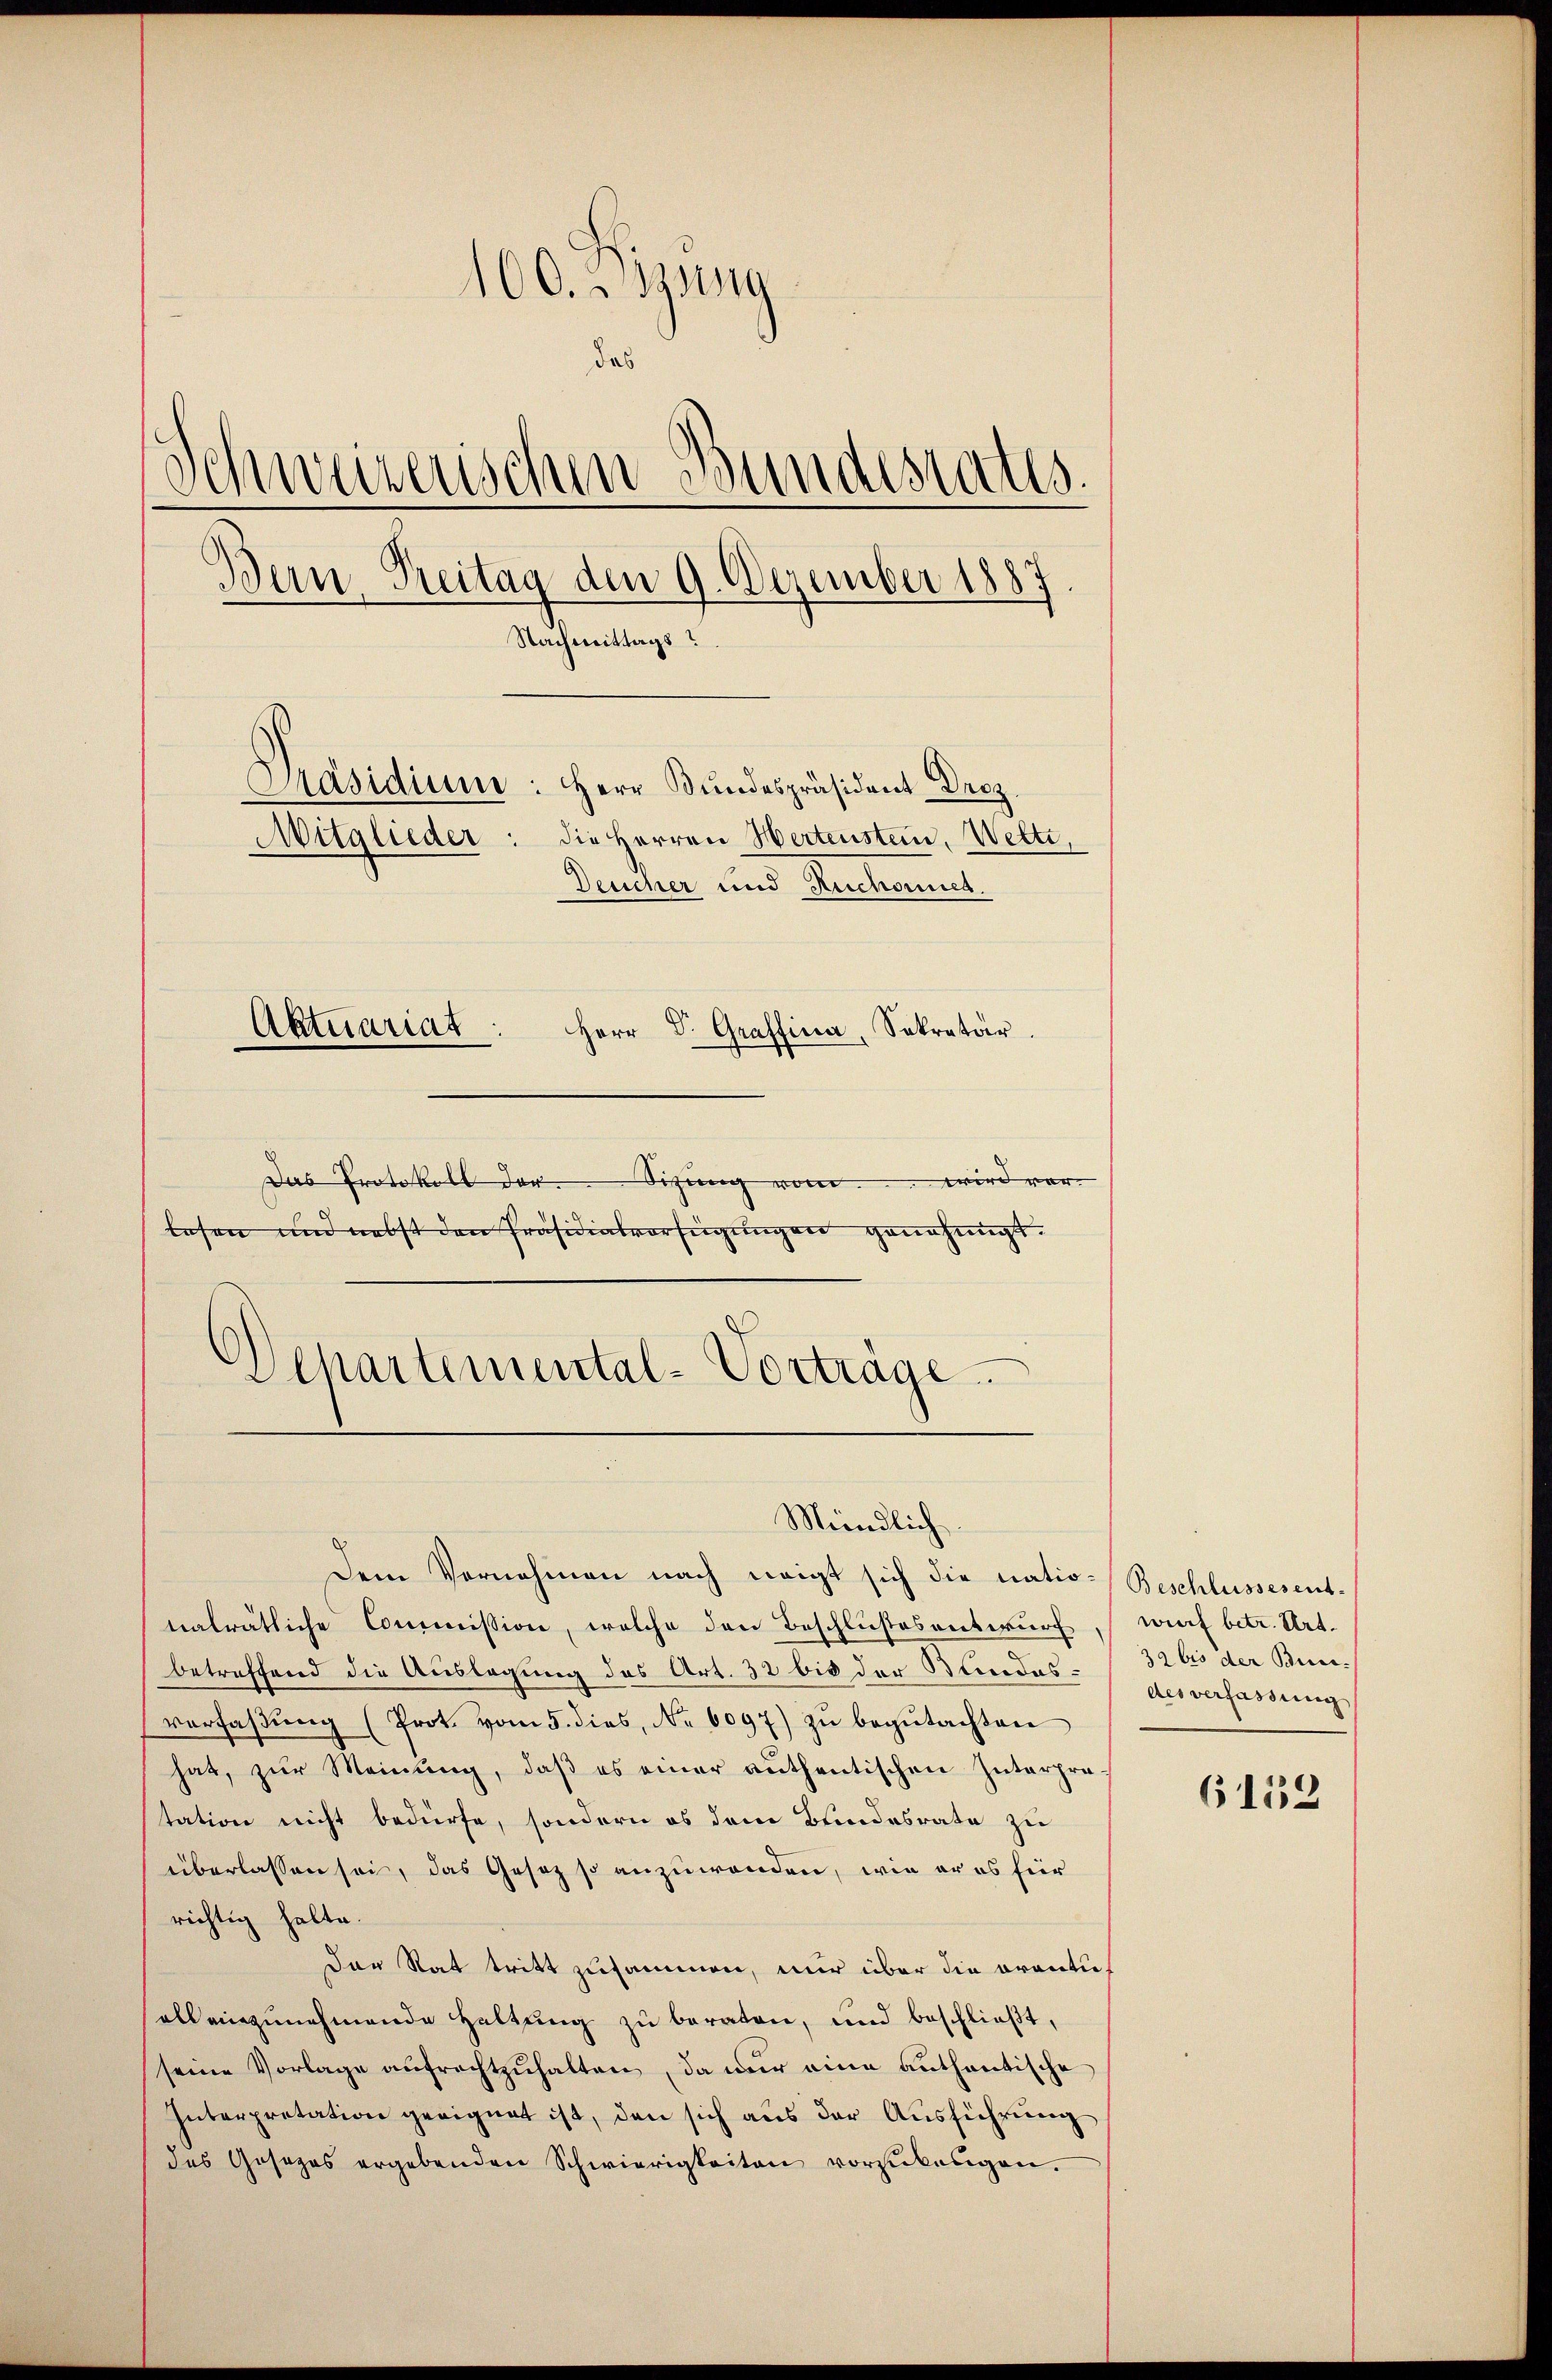
100. 3332110
das
Schweizerischen Bundestatis.
Ban, Preitag den 9. Dezember 1887
Nachmittags?
Präsidium: Herr Bŭndespräsident Droz.
Mitglieder: die Herren Hertensten, Welti,
Desscher und Ruchornen.
Aktuariat
Herr Dr. Graffina, Sekretär.

Das Protokoll der Sitzung von wird vorlesen und nebst den Präsidialverfügungen genehmigt.
)
Schartemental-Vorträge.

Mündlich
Dem Vornehmen nach neigt sich die natio¬

nalrätliche Commission, welche den Beschlußesentwurf
betreffend die Auslegung des Art. 32 bis der Bundesverfassŭng (Prot. vom 5. dies, Nr. 6097) zŭ begŭtachten
hat, zŭr Meinung, daβ es einer authentischen Interpra-
tation nicht bedürfe, sondern es dem Bundesrate zu
überlassen sei, das Gesetz so anzuwenden, wie er es für
richtig halte.
Der Rat tritt zusammen, nur über die Brantiall einzunehmende Haltung zu beraten, und beschließt,
seine Vorlage aŭfrechtzŭhalten, da nur eine anthantische
Interpretation geeignet ist, den sich aus der Ausführung
des Gesezes ergebenden Schwierigkeiten vorzukungen.

Beschlussesent.
wurf betr. Art.
32 bis der Bun-
des verfassung

6152